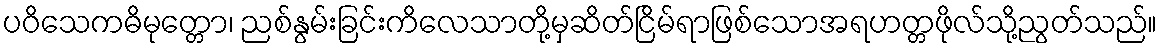
ပဝိသေကဓိမုတ္တော၊ ညစ်နွမ်းခြင်းကိလေသာတို့မှဆိတ်ငြိမ်ရာဖြစ်သောအရဟတ္တဖိုလ်သို့ညွတ်သည်။